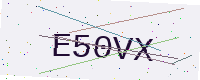
Text: E50VX